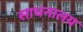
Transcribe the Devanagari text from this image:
साधनालय